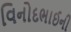
વિનોદભાઈની